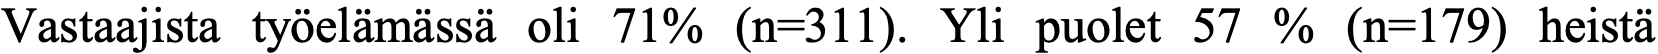
Vastaajista työelämässä oli 71% (n=311). Yli puolet 57 % (n=179) heistä